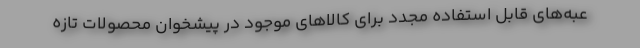
عبه‌های قابل استفاده مجدد برای کالاهای موجود در پیشخوان محصولات تازه